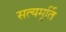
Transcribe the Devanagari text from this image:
सत्यमूर्ति